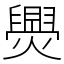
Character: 爂